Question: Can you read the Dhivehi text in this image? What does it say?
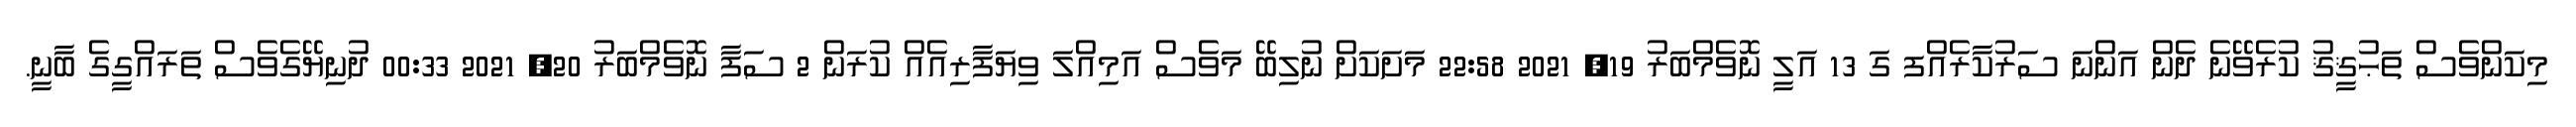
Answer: މިކަންވެސް ތަޙުޤީޤު ކުރެވޭނެ ދެން އަންނަ ސަރުކާރެއްފ ގަ 13 އަލީ ނޮވެމްބަރު 19, 2021 22:58 މަށަކަށް ނުލިބޭ މަވެސް އަމިއްލަ ވިޔަފާރިއެއް ކުރަން 2 ސަފާ ނޮވެމްބަރު 20, 2021 00:33 ދުނިޔޭގެވެސް ތަރައްގީގެ ބާނީ.